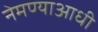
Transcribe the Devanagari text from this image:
नेमण्याआधी